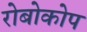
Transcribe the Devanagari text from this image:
रोबोकोप